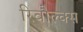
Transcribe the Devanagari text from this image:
रिवौल्क्स